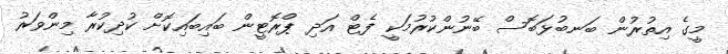
މީގެ އިތުރުން ބަނބުޅަބޮސް ބޭނުންކުރުމަކީ ފެޓް އަދި ޕްރޮޓީން ބައިބައިކޮށް ކުދިކުރާ މިންވަރު